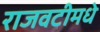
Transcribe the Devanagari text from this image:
राजवटीमधे